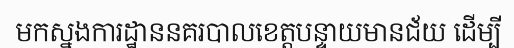
មកស្នងការដ្ឋាននគរបាលខេត្តបន្ទាយមានជ័យ ដើម្បី